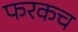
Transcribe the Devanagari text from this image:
फरकच